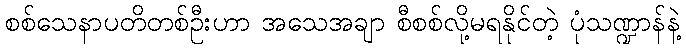
စစ်သေနာပတိတစ်ဦးဟာ အသေအချာ စီစစ်လို့မရနိုင်တဲ့ ပုံသဏ္ဍာန်နဲ့